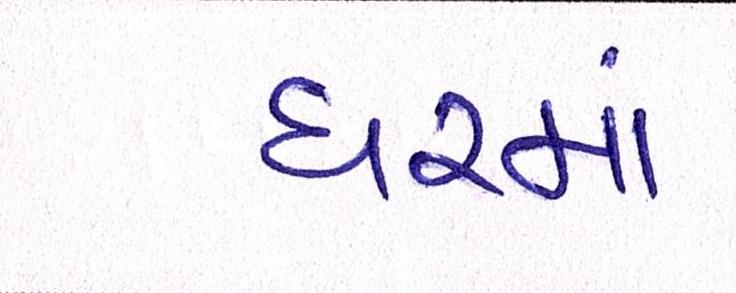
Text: ધરમાં